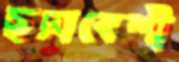
ছদ্মবেশী